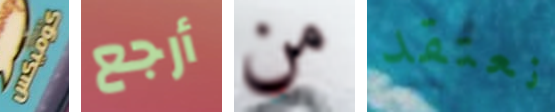
كوميكس أرجع من نعتقد